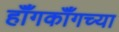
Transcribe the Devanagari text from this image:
हॉँगकॉँगच्या